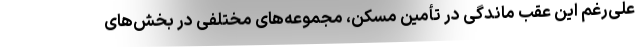
علی‌رغم این عقب ماندگی در تأمین مسکن، مجموعه‌های مختلفی در بخش‌های